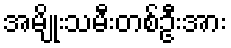
အမျိုးသမီးတစ်ဦးအား